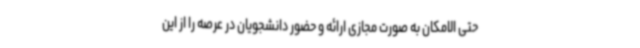
حتی الامکان به صورت مجازی ارائه و حضور دانشجویان در عرصه را از این